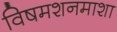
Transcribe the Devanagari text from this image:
विषमशनमाशा